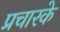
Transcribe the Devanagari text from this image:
प्रचारके